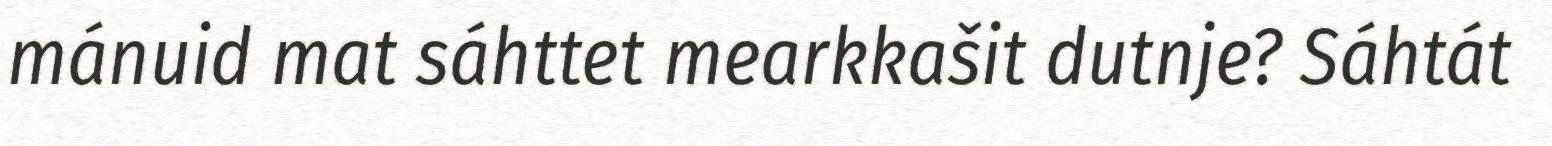
mánuid mat sáhttet mearkkašit dutnje? Sáhtát